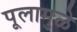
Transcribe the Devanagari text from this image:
पूलामुळे